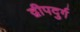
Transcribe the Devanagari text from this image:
द्वीपदुर्ग